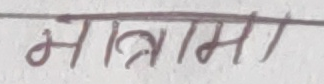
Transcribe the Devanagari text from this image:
मात्त्राग